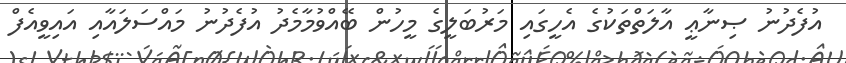
އުފެދުނު ޞިނާޢީ އާލަތްތަކުގެ އެހީގައި މަރުބަލީގެ މީހުން ބޭއްވުމާމެދު އުފެދުނު މައްސަލައާއި އައިވީއެފް